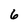
Character: 6